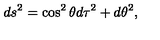
d s ^ { 2 } = \cos ^ { 2 } \theta d \tau ^ { 2 } + d \theta ^ { 2 } ,